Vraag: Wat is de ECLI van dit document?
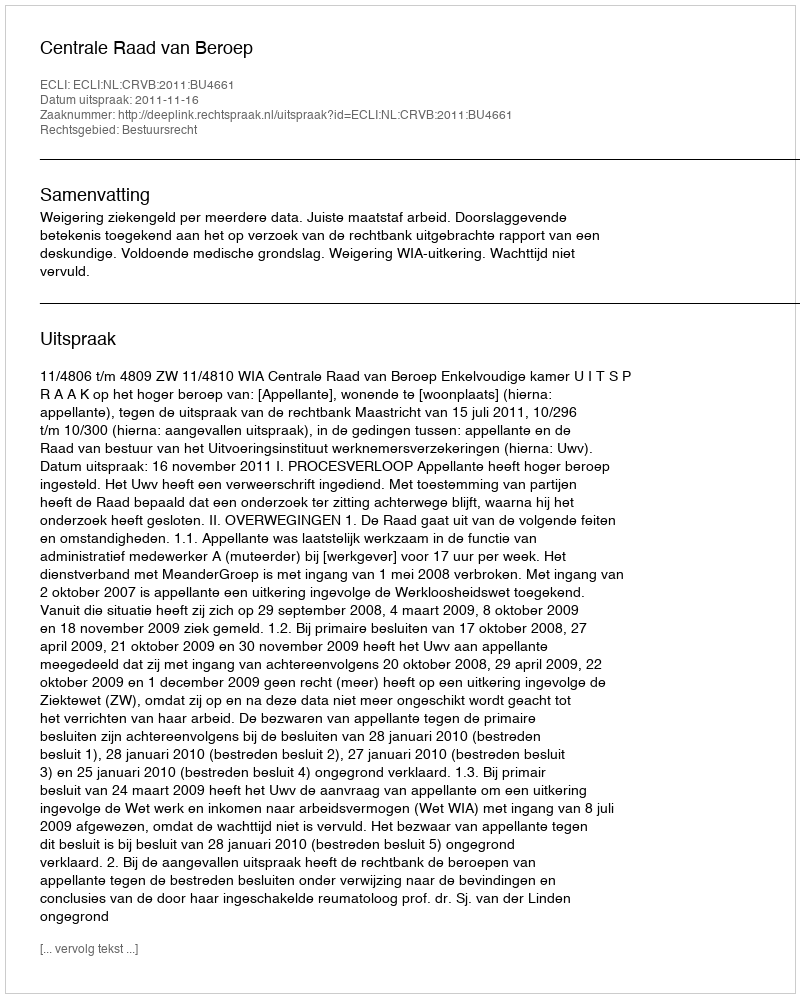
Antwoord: ECLI:NL:CRVB:2011:BU4661